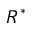
R ^ { * }